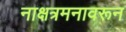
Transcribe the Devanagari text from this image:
नाक्षत्रमनावरून